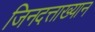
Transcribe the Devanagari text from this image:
जिनदत्ताख्यान